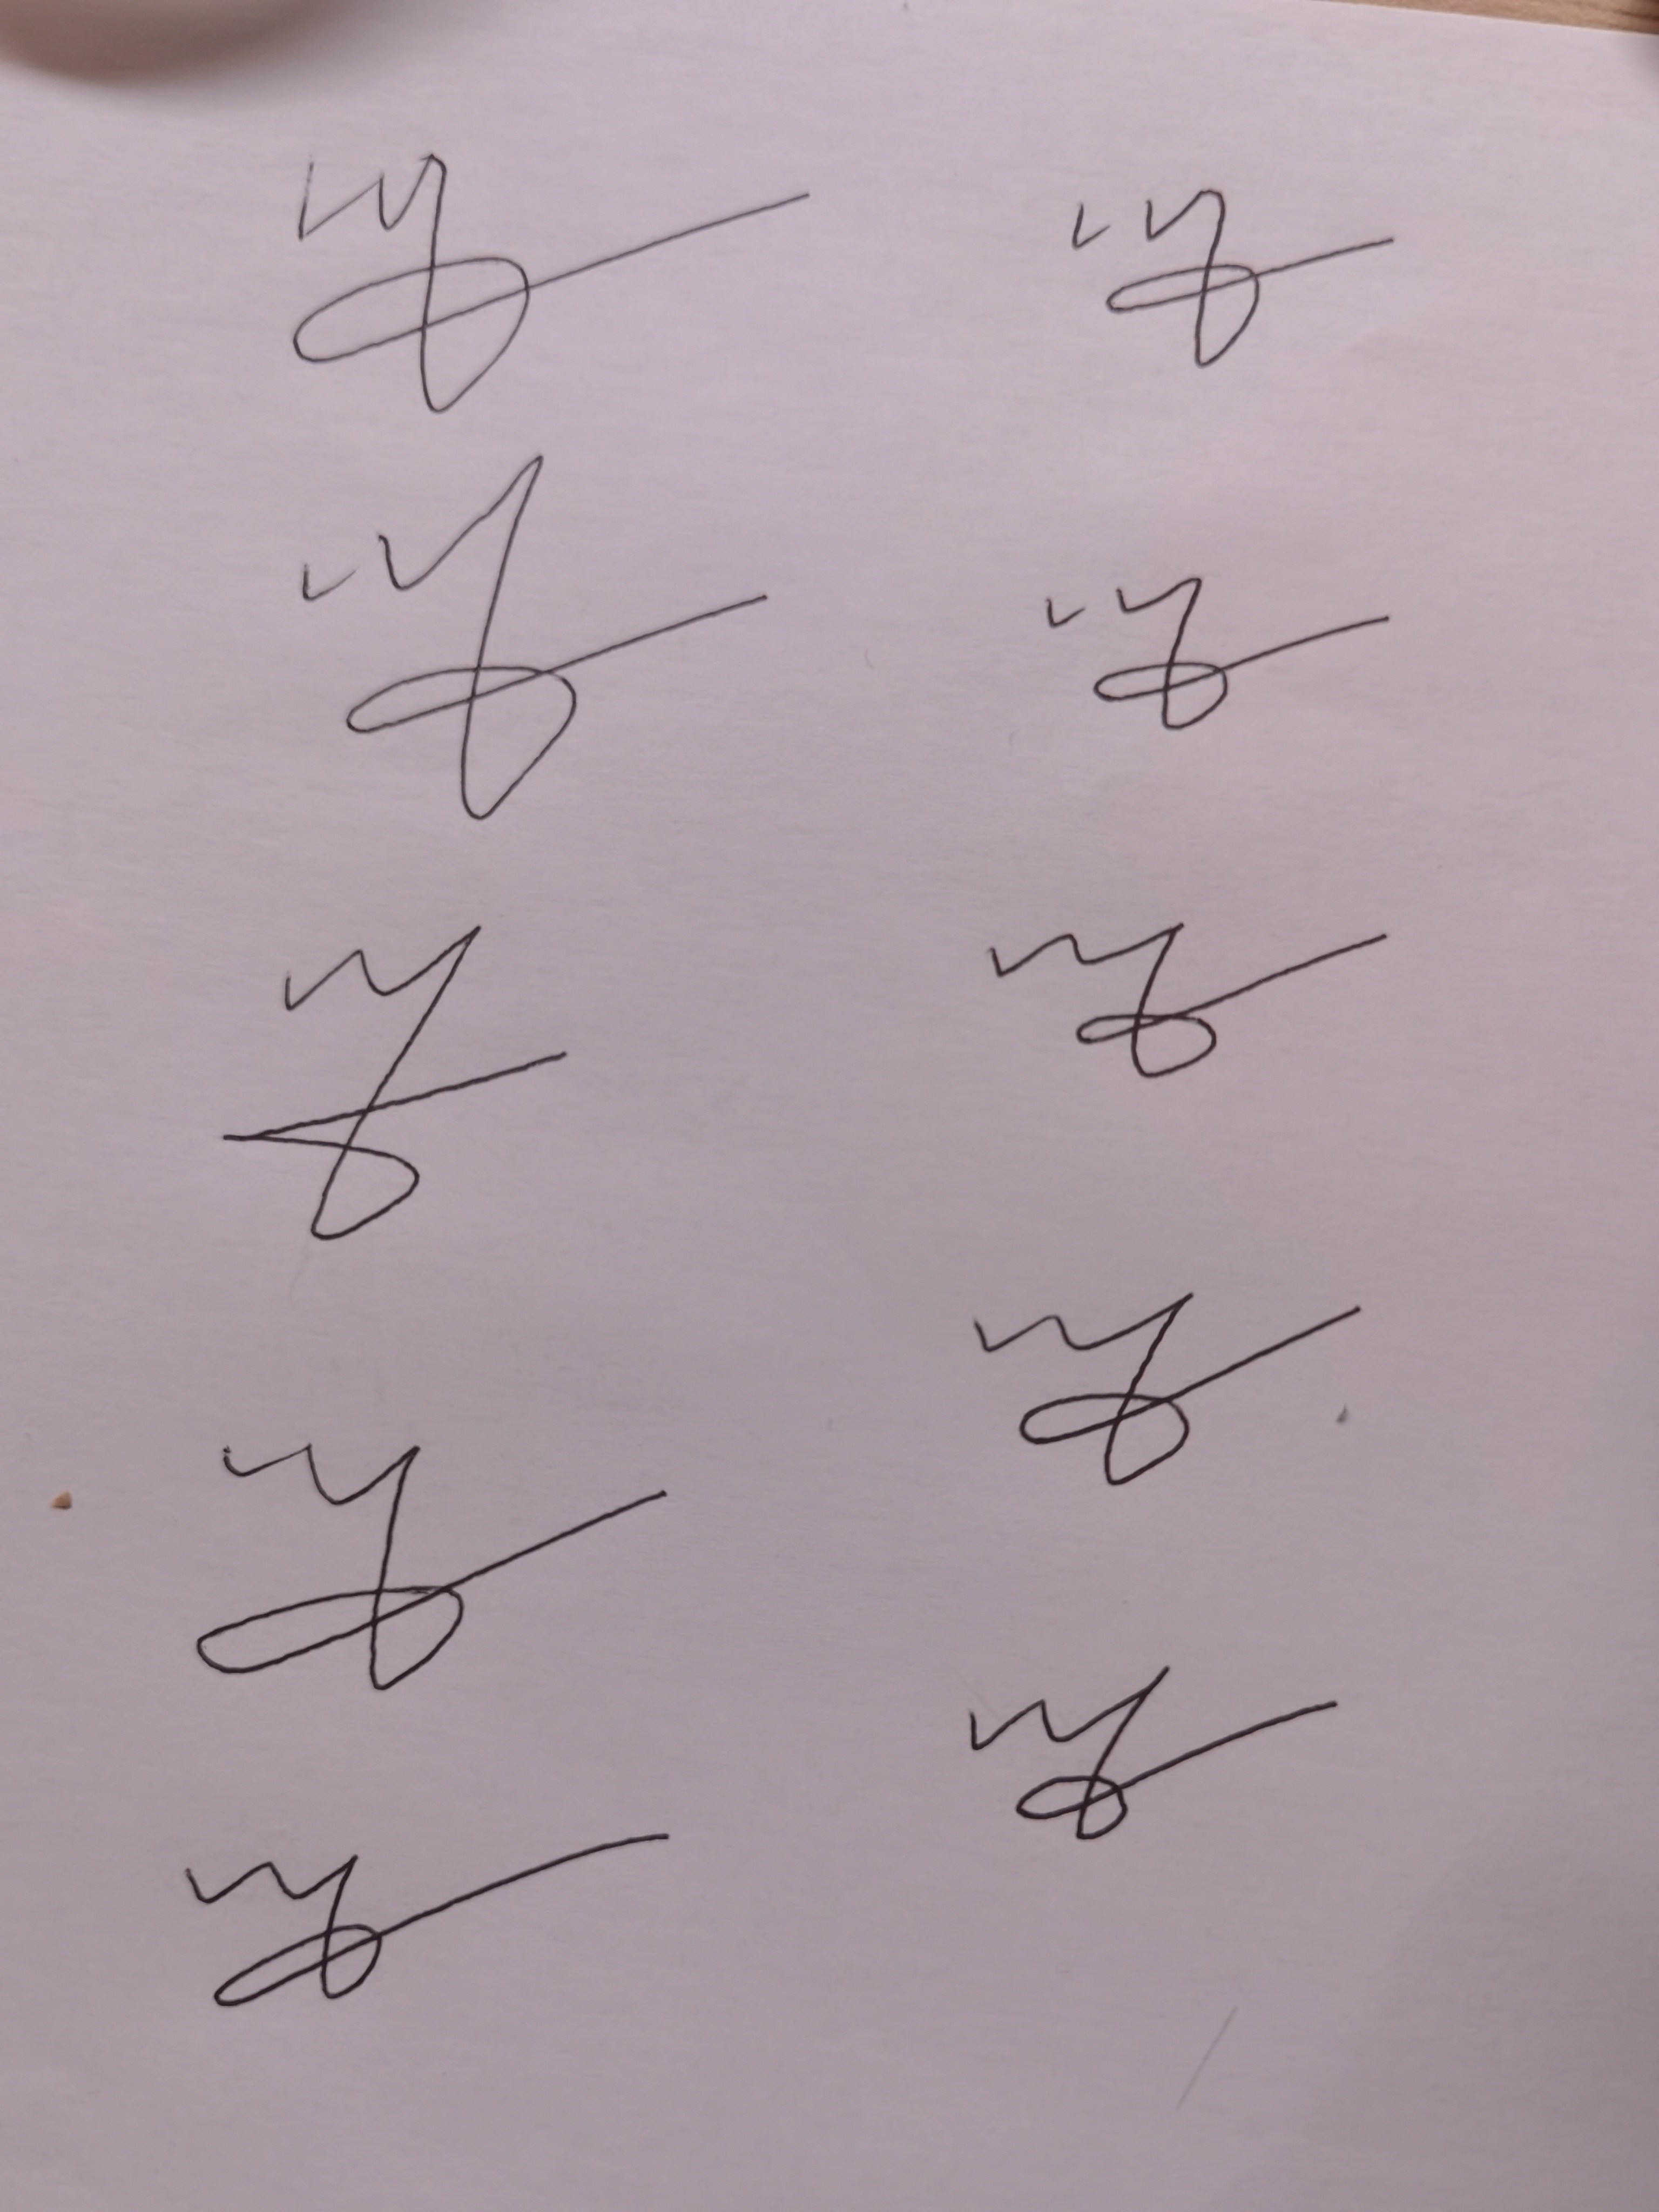
Signature authenticity: forged